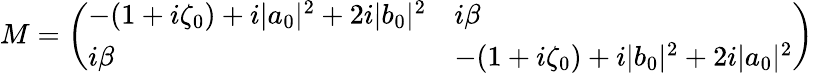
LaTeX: \begin{array}{r}{M=\left(\begin{array}{ll}{-(1+i\zeta_{0})+i|a_{0}|^{2}+2i|b_{0}|^{2}}&{i\beta}\\ {i\beta}&{-(1+i\zeta_{0})+i|b_{0}|^{2}+2i|a_{0}|^{2}}\end{array}\right)}\end{array}